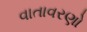
વાતાવરણો